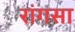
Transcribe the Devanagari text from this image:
रांगसा